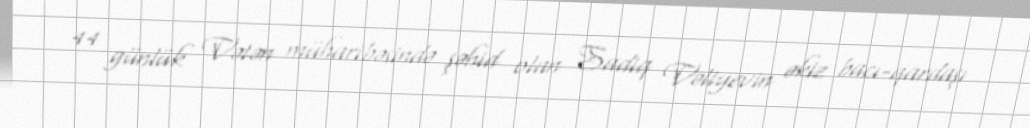
44 günlük Vətən müharibəsində şəhid olan Sadiq Vəliyevin əkiz bacı-qardaşı